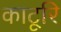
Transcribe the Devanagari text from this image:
काटूरि